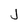
Character: J